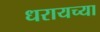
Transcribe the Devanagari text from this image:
धरायच्या